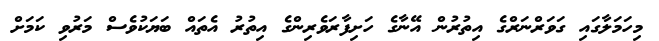
މިހަމަލާގައި ގަވަރްނަރްގެ އިތުރުން އޭނާގެ ހަށިފާރަވެރިންގެ އިތުރު އެތައް ބަޔަކުވެސް މަރުވި ކަމަށް